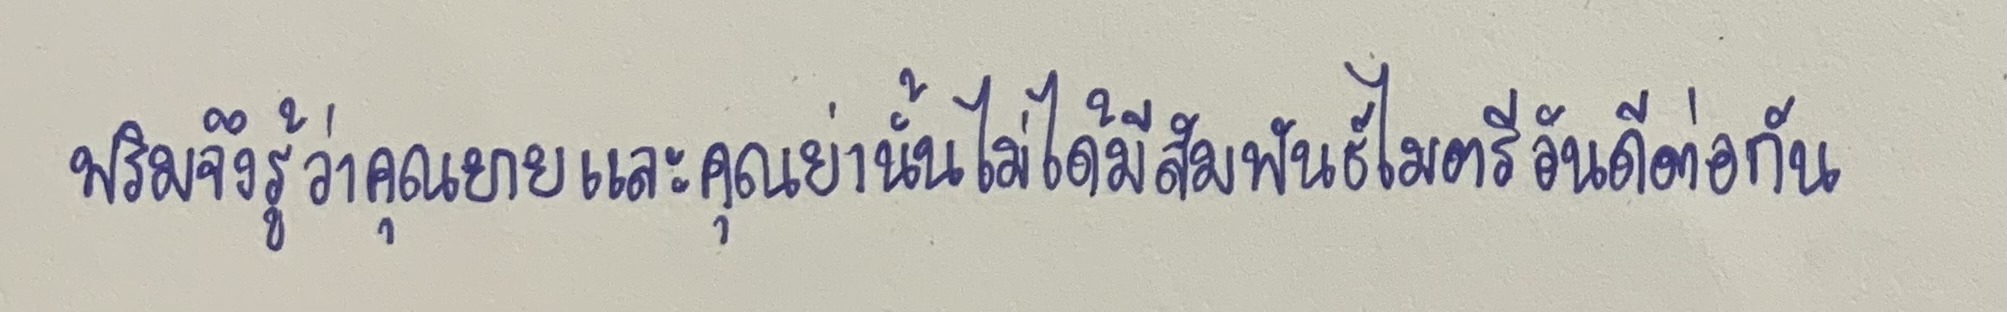
พริมจึงรู้ว่าคุณยายและคุณย่านั้นไม่ได้มีสัมพันธ์ไมตรีอันดีต่อกันแม้แต่น้อย